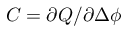
C = \partial Q / \partial \Delta \phi